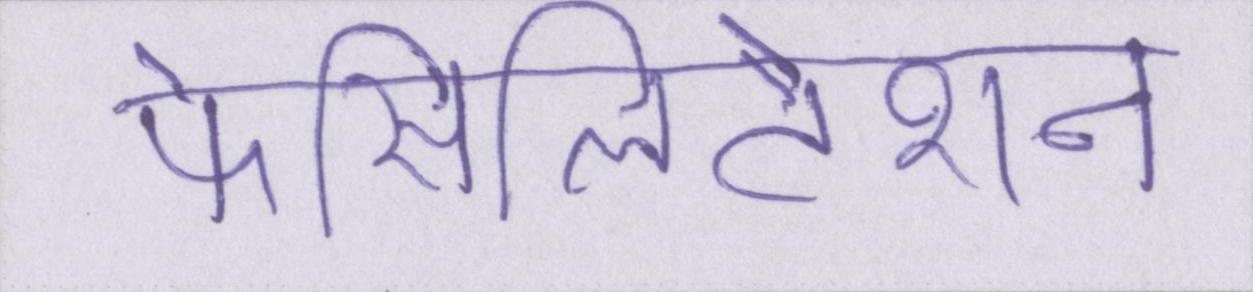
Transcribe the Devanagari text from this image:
फेसिलिटेशन